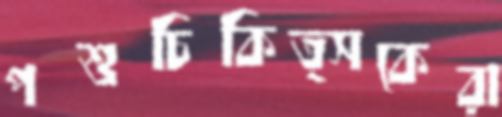
পশুচিকিত্সকেরা